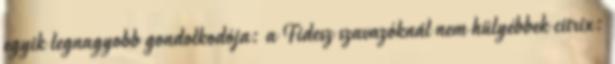
egyik legnagyobb gondolkodója: a Fidesz szavazóknál nem hülyébbek citrix: